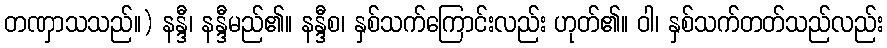
တဏှာသသည်။) နန္ဒီ၊ နန္ဒီမည်၏။ နန္ဒီစ၊ နှစ်သက်ကြောင်းလည်း ဟုတ်၏။ ဝါ၊ နှစ်သက်တတ်သည်လည်း